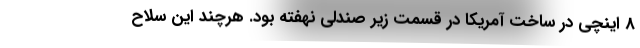
8 اینچی در ساخت آمریکا در قسمت زیر صندلی نهفته بود. هرچند این سلاح